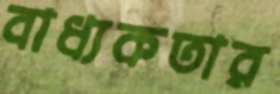
বাধ্যকতার